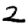
Digit: 2